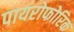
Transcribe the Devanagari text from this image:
पायरोफोरिक